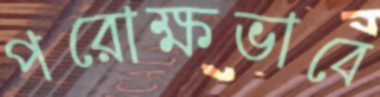
পরোক্ষভাবে